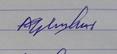
Signature authenticity: forged